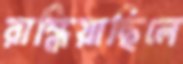
রান্ধিয়াছিলে